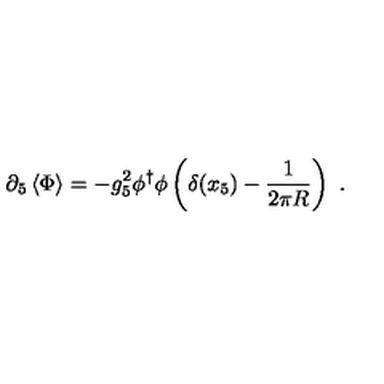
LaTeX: \partial _ { 5 } \left\langle { \Phi } \right\rangle = - g _ { 5 } ^ { 2 } \phi ^ { \dagger } \phi \left( \delta ( x _ { 5 } ) - { \frac { 1 } { 2 \pi R } } \right) \ .